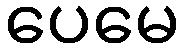
ပေမေ